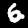
Digit: 6